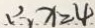
\therefore x = 4